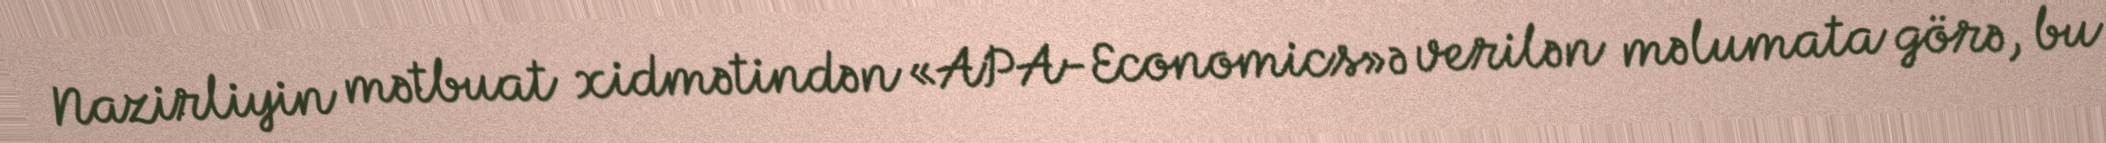
Nazirliyin mətbuat xidmətindən «APA-Economics»ə verilən məlumata görə, bu